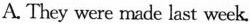
A. They were made last week